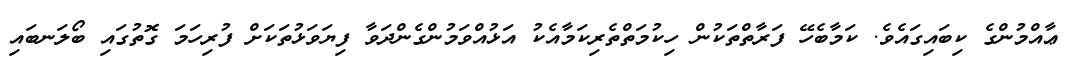
ޢާއްމުންގެ ކިބައިގައެވެ. ކަމާބެހޭ ފަރާތްތަކުން ހިކުމަތްތެރިކަމާއެކު އަޅުއްވަމުންގެންދަވާ ފިޔަވަޅުތަކަށް ފުރިހަމަ ގޮތުގައި ބޯލަނބައި